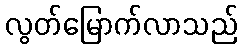
လွတ်မြောက်လာသည်